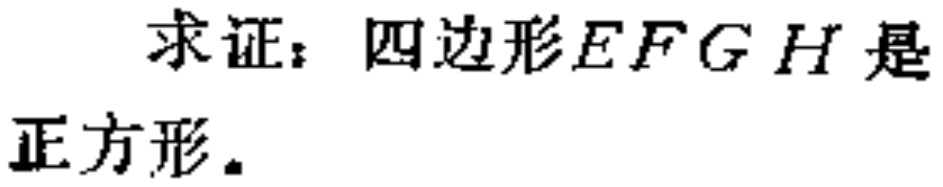
求证：四边形\(EFGH\)是正方形。